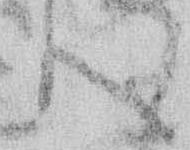
心